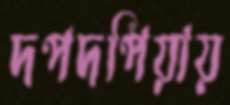
দপদপিয়ায়